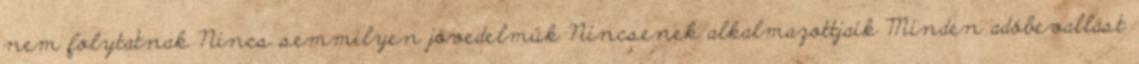
nem folytatnak Nincs semmilyen jövedelmük Nincsenek alkalmazottjaik Minden adóbevallást